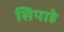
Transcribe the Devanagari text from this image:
सिपाहे